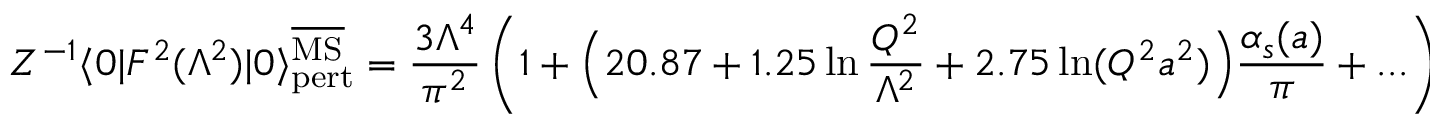
Z ^ { - 1 } \langle 0 | F ^ { 2 } ( \Lambda ^ { 2 } ) | 0 \rangle _ { \mathrm { p e r t } } ^ { \overline { { \mathrm { M S } } } } = { \frac { 3 \Lambda ^ { 4 } } { \pi ^ { 2 } } } \left( 1 + \Big ( 2 0 . 8 7 + 1 . 2 5 \ln { \frac { Q ^ { 2 } } { \Lambda ^ { 2 } } } + 2 . 7 5 \ln ( Q ^ { 2 } a ^ { 2 } ) \Big ) { \frac { \alpha _ { s } ( a ) } { \pi } } + . . . \right)